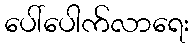
ပေါ်ပေါက်လာရေး